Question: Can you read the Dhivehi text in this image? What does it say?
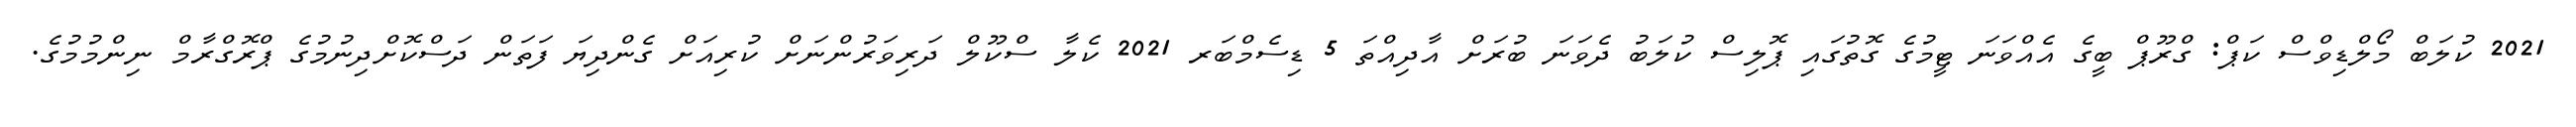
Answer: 2021 ކުލަބް މޯލްޑިވްސް ކަޕް: ގްރޫޕް ބީގެ އެއްވަނަ ޓީމުގެ ގޮތުގައި ޕޮލިސް ކުލަބު ދެވަނަ ބުރަށް އާދިއްތަ 5 ޑިސެމްބަރ 2021 ކެލާ ސްކޫލް ދަރިވަރުންނަށް ކުރިއަށް ގެންދިޔަ ފަތަން ދަސްކޮށްދިނުމުގެ ޕްރޮގްރާމް ނިންމުމުގެ.